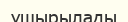
ұшырылады